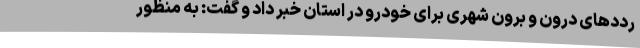
رددهای درون و برون شهری برای خودرو در استان خبر داد و گفت: به منظور